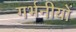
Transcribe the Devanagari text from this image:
गर्भनीयों